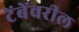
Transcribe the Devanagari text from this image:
टेंबेंवरील